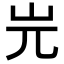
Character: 𡵉